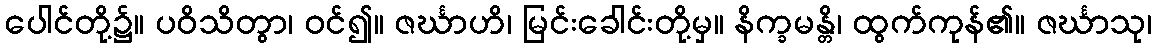
ပေါင်တို့၌။ ပဝိသိတွာ၊ ဝင်၍။ ဇင်္ဃာဟိ၊ မြင်းခေါင်းတို့မှ။ နိက္ခမန္တိ၊ ထွက်ကုန်၏။ ဇင်္ဃာသု၊